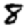
Digit: 8